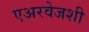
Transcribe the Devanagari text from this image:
एअरवेजशी